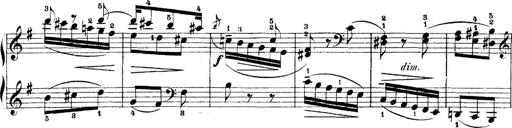
Title: 5 Sonatinas
Composer: Theodor Kirchner